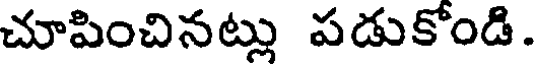
చూపించినట్లు పడుకోండి.